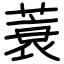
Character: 蓑